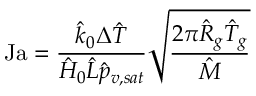
\mathrm { J a } = \frac { \hat { k } _ { 0 } \Delta \hat { T } } { \hat { H } _ { 0 } \hat { L } \hat { p } _ { v , s a t } } \sqrt { \frac { 2 \pi \hat { R } _ { g } \hat { T } _ { g } } { \hat { M } } }